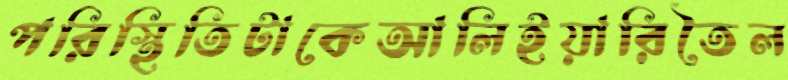
পরিস্থিতিটাকেআলিইয়ারিতৈল